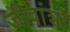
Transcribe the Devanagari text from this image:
जीवांशों